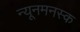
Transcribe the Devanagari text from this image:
न्यूनमनस्क